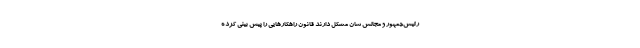
رئیس‌جمهور و مجالس شان مشکل دارند قانون راهکارهایی را پیش بینی کرده